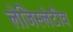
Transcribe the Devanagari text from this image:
लेजिस्लेटीव